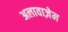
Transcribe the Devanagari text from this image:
अलावाज़ेम